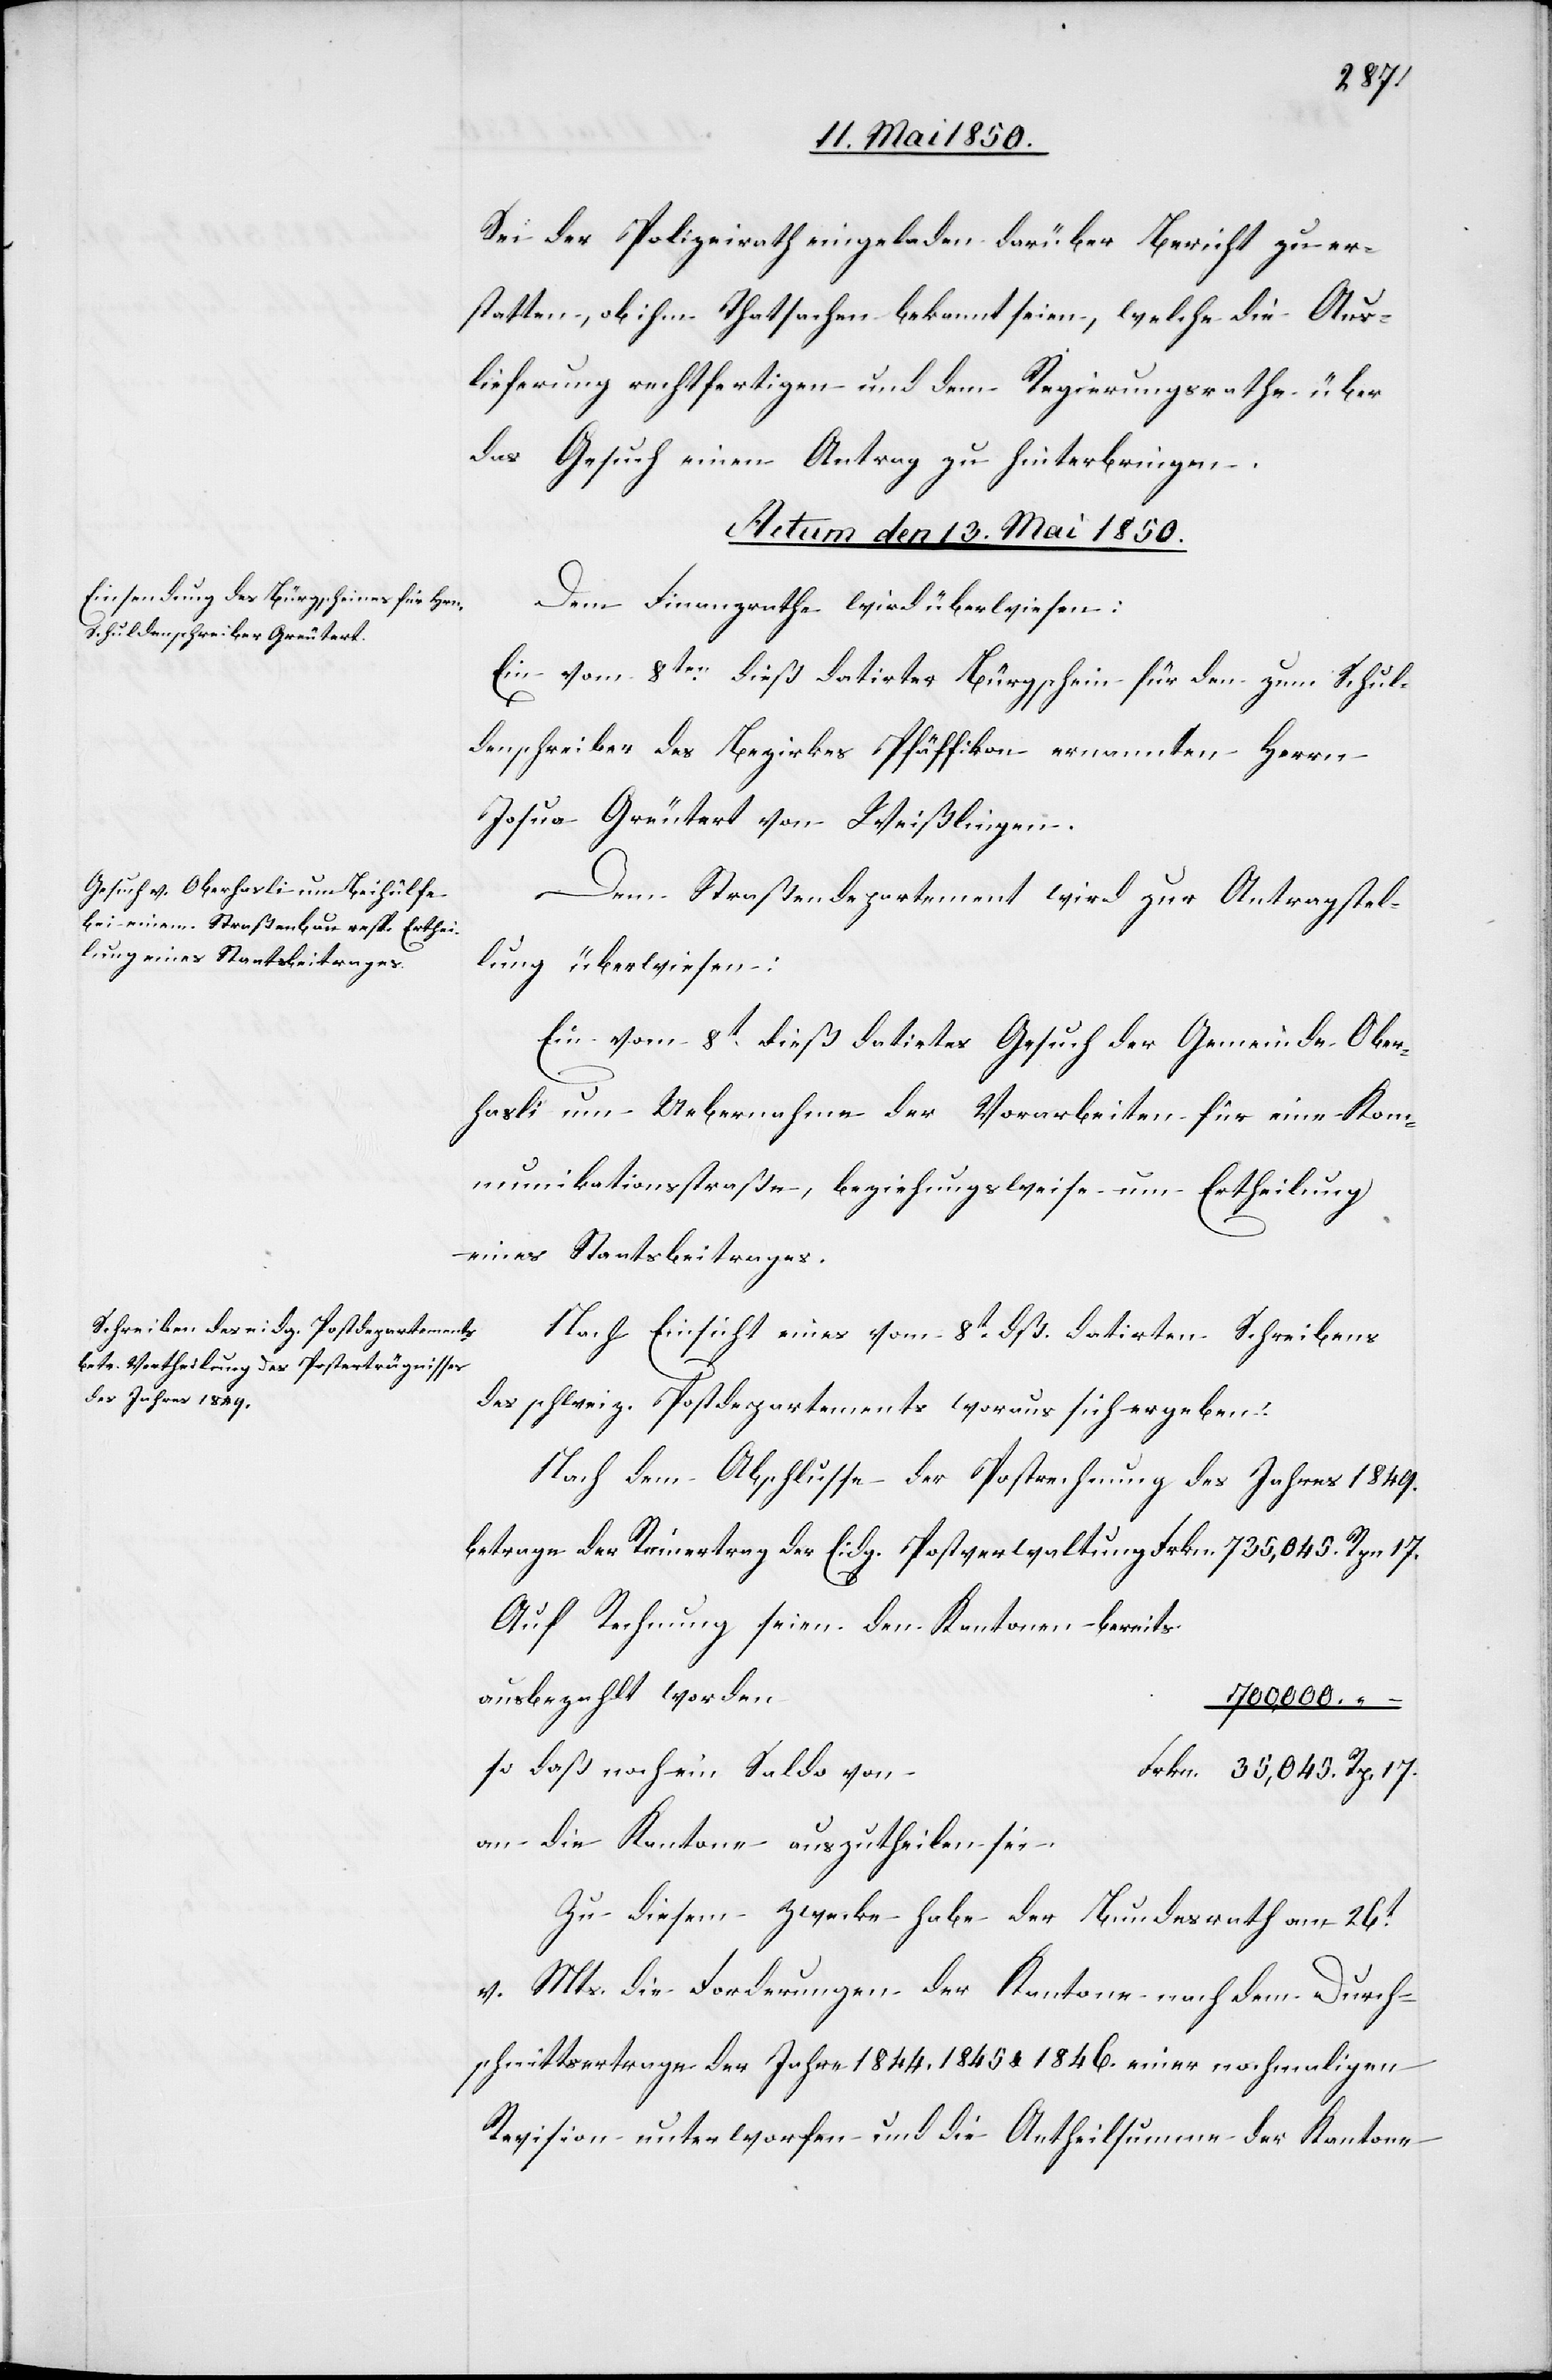
Sei der Polizeirath eingeladen darüber Bericht zu er¬
statten, ob ihm Thatsachen bekannt seien, welche die Aus¬
lieferung rechtfertigen und dem Regierungsrathe über
das Gesuch einen Antrag zu hinterbringen.
Actum den 13. Mai 1850.]
Dem Finanzrathe wird überwiesen:
Ein vom 8ten dieß datirter Bürgschein für den zum Schul¬
17.
denschreiber des Bezirkes Pfäffikon ernannten Herrn
Josua Greutert von Weißlingen.
Dem Straßendepartement wird zur Antragstel¬
lung überwiesen:
Ein vom 8t dieß datirtes Gesuch der Gemeinde Ober¬
hasli um Uebernahme der Vorarbeiten für eine Kom¬
munikationsstraße, beziehungsweise um Ertheilung
eines Staatsbeitrages.
Nach Einsicht eines vom 8t dß. datirten Schreibens
des schweiz. Postdepartements woraus sich ergeben:
Nach dem Abschlusse der Postrechnung des Jahres 1849.
betrage der Reinertrag der Eidg. Postverwaltung 					Frkn.
Auf Rechnung seien den Kantonen bereits
ausbezahlt worde¬
n		700,000.	–
so daß noch ein Saldo
an die Kantone auszutheilen sei.
Zu diesem Zwecke habe der Bundesrath am 26t
v. Mts. die Forderungen der Kantone nach dem Durch¬
schnittsertrage der Jahre 1844.[,] 1845. & 1846. einer nochmaligen
Revision unterworfen und die Antheilsumme der Kantone